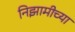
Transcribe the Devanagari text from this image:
निझामीच्या